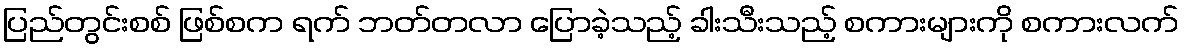
ပြည်တွင်းစစ် ဖြစ်စက ရက် ဘတ်တလာ ပြောခဲ့သည့် ခါးသီးသည့် စကားများကို စကားလက်